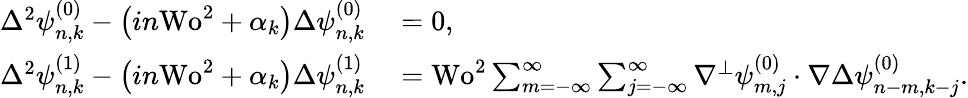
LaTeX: \begin{array}{rl}{\Delta^{2}\psi_{n,k}^{(0)}-\left(in\textrm{Wo}^{2}+\alpha_{k}\right)\Delta\psi_{n,k}^{(0)}}&{{}=0,}\\ {\Delta^{2}\psi_{n,k}^{(1)}-\left(in\textrm{Wo}^{2}+\alpha_{k}\right)\Delta\psi_{n,k}^{(1)}}&{{}=\textrm{Wo}^{2}\sum_{m=-\infty}^{\infty}\sum_{j=-\infty}^{\infty}\nabla^{\perp}\psi_{m,j}^{(0)}\cdot\nabla\Delta\psi_{n-m,k-j}^{(0)}.}\end{array}